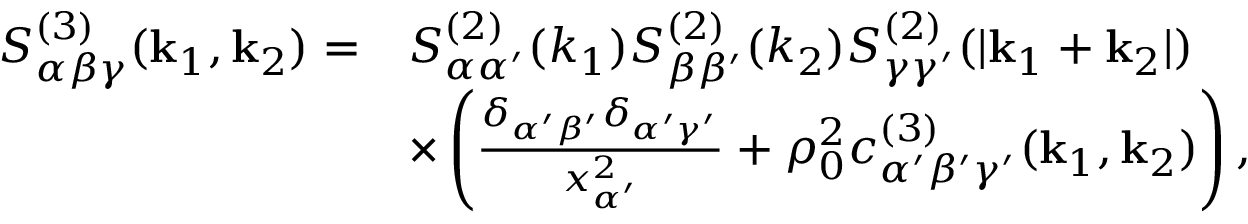
\begin{array} { r l } { S _ { \alpha \beta \gamma } ^ { ( 3 ) } ( \mathbf { k } _ { 1 } , \mathbf { k } _ { 2 } ) = } & { S _ { \alpha \alpha ^ { \prime } } ^ { ( 2 ) } ( { k } _ { 1 } ) S _ { \beta \beta ^ { \prime } } ^ { ( 2 ) } ( { k } _ { 2 } ) S _ { \gamma \gamma ^ { \prime } } ^ { ( 2 ) } ( | \mathbf { k } _ { 1 } + \mathbf { k } _ { 2 } | ) } \\ & { \times \left( \frac { \delta _ { \alpha ^ { \prime } \beta ^ { \prime } } \delta _ { \alpha ^ { \prime } \gamma ^ { \prime } } } { x _ { \alpha ^ { \prime } } ^ { 2 } } + \rho _ { 0 } ^ { 2 } c _ { \alpha ^ { \prime } \beta ^ { \prime } \gamma ^ { \prime } } ^ { ( 3 ) } ( \mathbf { k } _ { 1 } , \mathbf { k } _ { 2 } ) \right) , } \end{array}